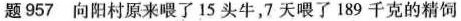
题957 向阳村原来喂了15头牛，7天喂了189千克的精饲